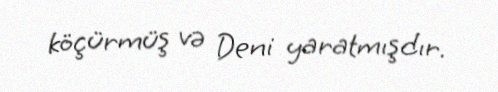
köçürmüş və Deni yaratmışdır.